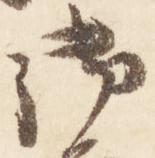
御